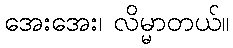
အေးအေး၊ လိမ္မာတယ်။